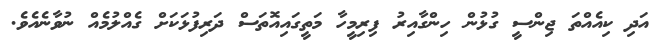
އަދި ކިއެއްތަ ޖިންސީ ގުޅުން ހިންގާއިރު ފިރިމީހާ މަތީގައިއޮތަސް ދަރިފުޅަކަށް ގެއްލުމެއް ނުވާނެއެވެ.